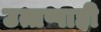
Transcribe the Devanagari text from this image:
उत्तप्पाही